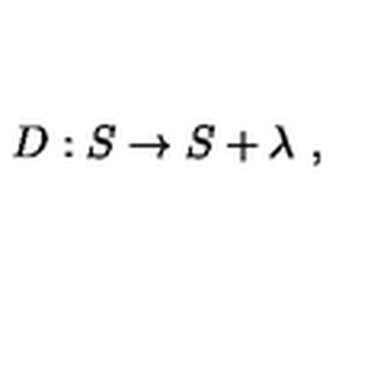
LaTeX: D : S \rightarrow S + \lambda \ ,